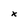
Character: x